Civil Veterinary Dept. Bombay admin report 1907-1913 - 1907-1913
Year: 1907
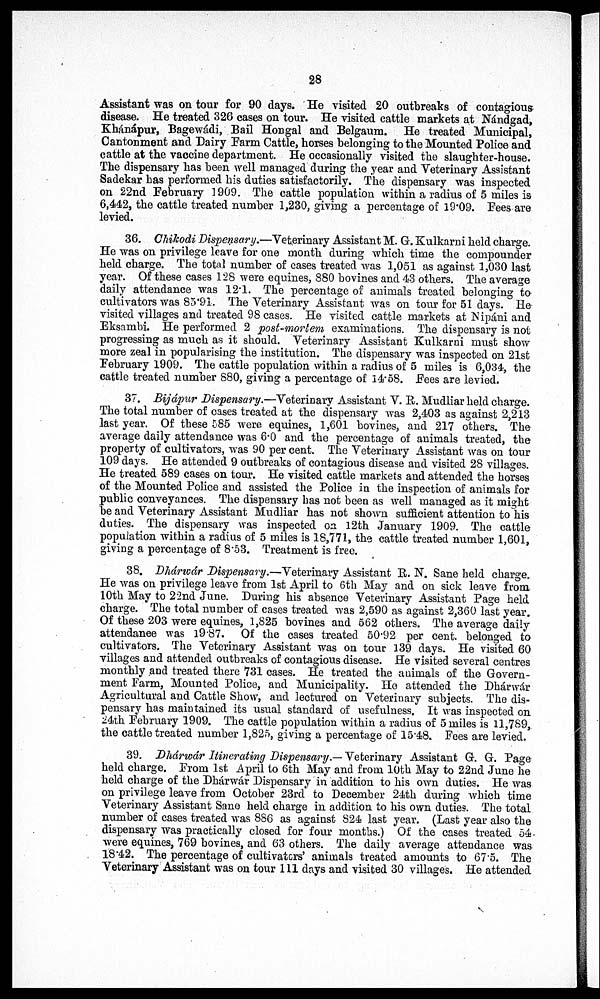
28
Assistant was on tour for 90 days. He visited 20 outbreaks of contagious
disease. He treated 326 cases on tour. He visited cattle markets at Nándgad,
Khánápur, Bagewái, Bail Hongal and Belgaum. He treated Municipal,
Cantonment and Dairy Farm Cattle, horses belonging to the Mounted Police and
cattle at the vaccine department. He occasionally visited the slaughter-house.
The dispensary has been well managed during the year and Veterinary Assistant
Sadekar has performed his duties satisfactorily. The dispensary was inspected
on 22nd February 1909. The cattle population within a radius of 5 miles is
6,442, the cattle treated number 1,230, giving a percentage of 19.09. Fees are
levied.
36. Chikodi Dispensary.—Veterinary Assistant M. G. Kulkarni held charge.
He was on privilege leave for one month during which time the compounder
held charge. The total number of cases treated was 1,051 as against 1,030 last
year. Of these cases 128 were equines, 880 bovines and 43 others. The average
daily attendance was 121. The percentage of animals treated belonging to
cultivators was 85.91. The Veterinary Assistant was on tour for 51 days. He
visited villages and treated 98 cases. He visited cattle markets at Nipáni and
Eksambi. He performed 2 post-mortem examinations. The dispensary is not
progressing as much as it should. Veterinary Assistant Kulkarni must show
more zeal in popularising the institution. The dispensary was inspected on 21st
February 1909. The cattle population within a radius of 5 miles is 6,034, the
cattle treated number 880, giving a percentage of 14.58. Fees are levied.
37. Bijápur Dispensary.—Veterinary Assistant V. R. Mudliar held charge.
The total number of cases treated at the dispensary was 2,403 as against 2,213
last year. Of these 585 were equines, 1,601 bovines, and 217 others. The
average daily attendance was 6.0 and the percentage of animals treated, the
property of cultivators, was 90 per cent. The Veterinary Assistant was on tour
109 days. He attended 9 outbreaks of contagious disease and visited 28 villages.
He treated 589 cases on tour. He visited cattle markets and attended the horses
of the Mounted Police and assisted the Police in the inspection of animals for
public conveyances. The dispensary has not been as well managed as it might
be and Veterinary Assistant Mudliar has not shown sufficient attention to his
duties. The dispensary was inspected on 12th January 1909. The cattle
population within a radius of 5 miles is 18,771, the cattle treated number 1,601,
giving a percentage of 8.53. Treatment is free.
38. Dhárwár Dispensary.—Veterinary Assistant E. N. Sane held charge.
He was on privilege leave from 1st April to 6th May and on sick leave from
10th May to 22nd June. During his absence Veterinary Assistant Page held
charge. The total number of cases treated was 2,590 as against 2,360 last year.
Of these 203 were equines, 1,825 bovines and 562 others. The average daily
attendance was 19.87. Of the cases treated 50.92 per cent. belonged to
cultivators. The Veterinary Assistant was on tour 139 days. He visited 60
villages and attended outbreaks of contagious disease. He visited several centres
monthly and treated there 731 cases. He treated the animals of the Govern-
ment Farm, Mounted Police, and Municipality. Ho attended the Dhárwár
Agricultural and Cattle Show, and lectured on Veterinary subjects. The dis-
pensary has maintained its usual standard of usefulness. It was inspected on
24th February 1909. The cattle population within a radius of 5 miles is 11,789,
the cattle treated number 1,825, giving a percentage of 15.48. Fees are levied.
39. Dhárwár Itinerating Dispensary.— Veterinary Assistant G. G. Page
held charge. From 1st April to 6th May and from 10th May to 22nd June he
held charge of the Dhárwár Dispensary in addition to his own duties. He was
on privilege leave from October 23rd to December 24th during which time
Veterinary Assistant Sane held charge in addition to his own duties. The total
number of cases treated was 886 as against 824 last year. (Last year also the
dispensary was practically closed for four months.) Of the cases treated 54
were equines, 769 bovines, and 63 others. The daily average attendance was
18.42. The percentage of cultivators' animals treated amounts to 67.5. The
Veterinary Assistant was on tour 111 days and visited 30 villages. He attended